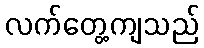
လက်တွေ့ကျသည်